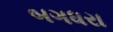
બગધરા